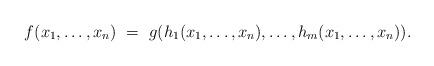
LaTeX: \begin{align*}f(x_1, \ldots, x_n)\ = \ g(h_1(x_1, \ldots, x_n), \ldots, h_m(x_1, \ldots, x_n)).\end{align*}